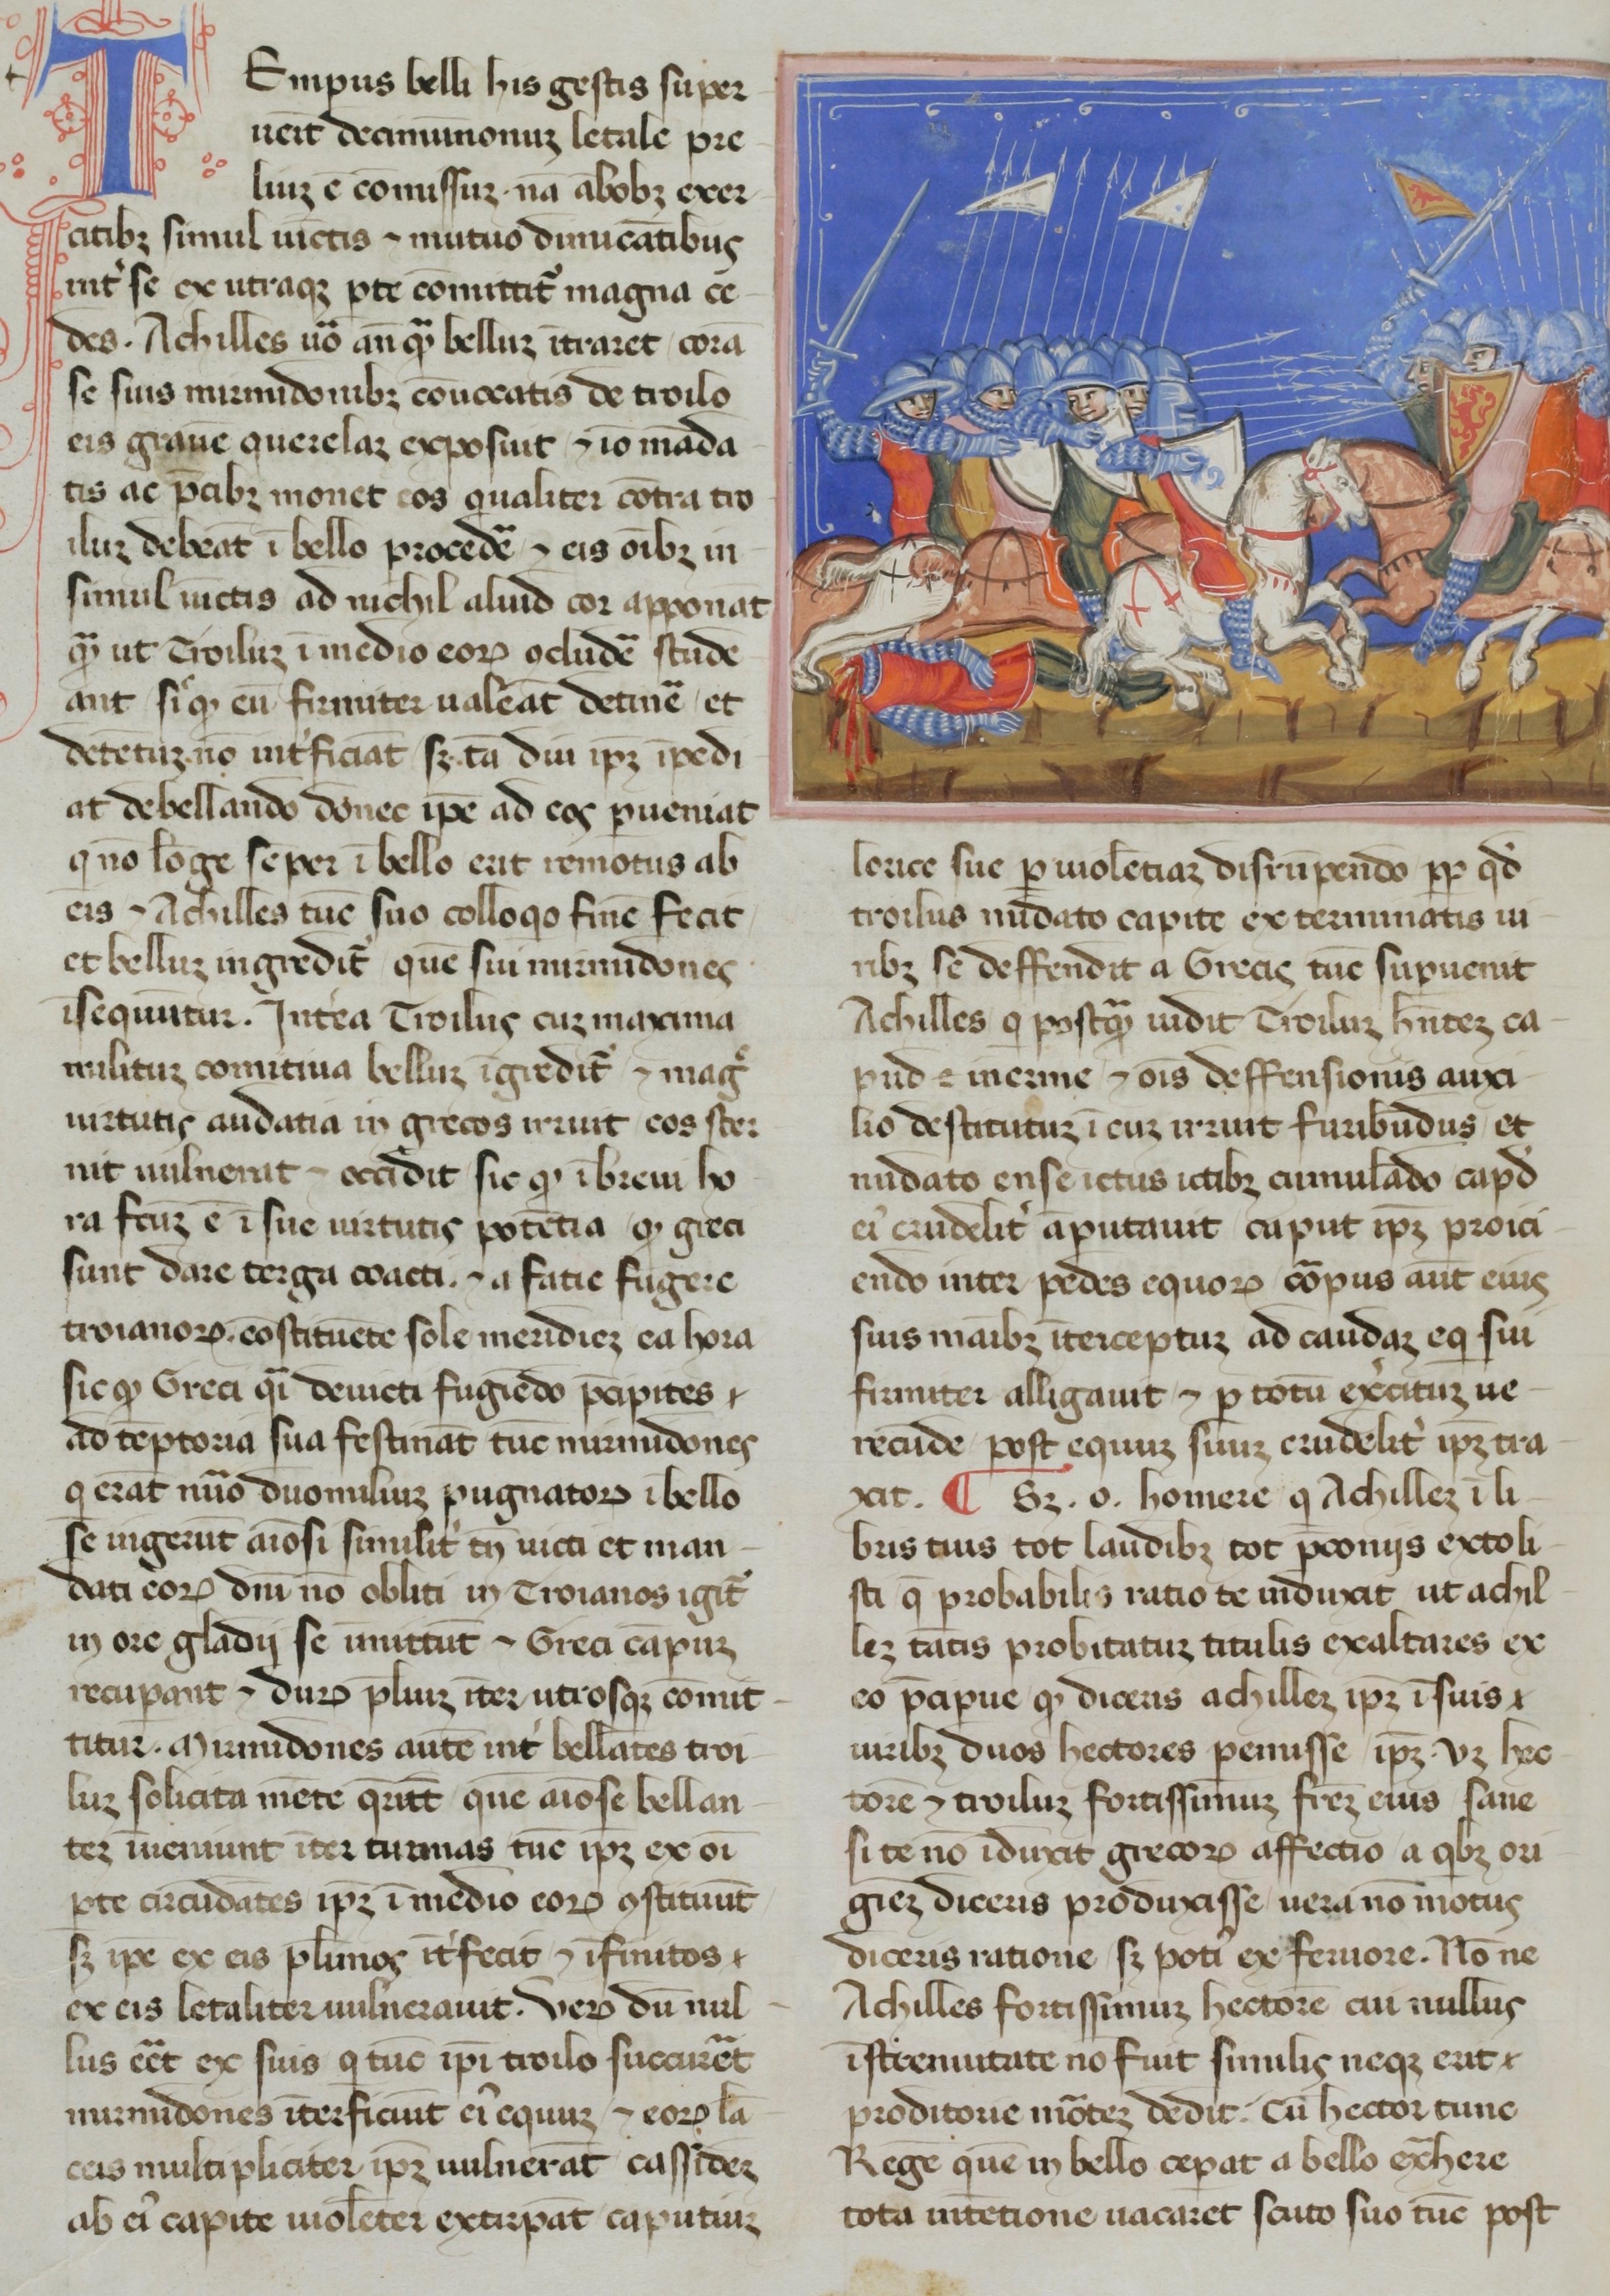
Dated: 1365–1375